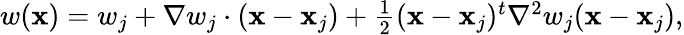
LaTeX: \begin{array}{r}{w({\mathbf x})=w_{j}+{\nabla}w_{j}\cdot({\mathbf x}-{\mathbf x}_{j})+\frac{1}{2}({\mathbf x}-{\mathbf x}_{j})^{t}{\nabla}^{2}w_{j}({\mathbf x}-{\mathbf x}_{j}),}\end{array}